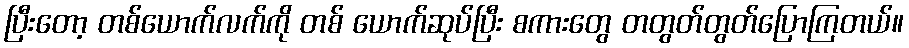
ပြီးတော့ တစ်ယောက်လက်ကို တစ် ယောက်ဆုပ်ပြီး စကားတွေ တတွတ်တွတ်ပြောကြတယ်။